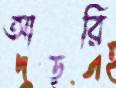
আড়রি